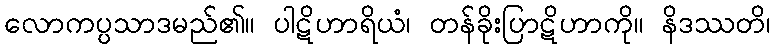
လောကပ္ပသာဒမည်၏။ ပါဋိဟာရိယံ၊ တန်ခိုးပြာဋိဟာကို။ နိဒဿတိ၊